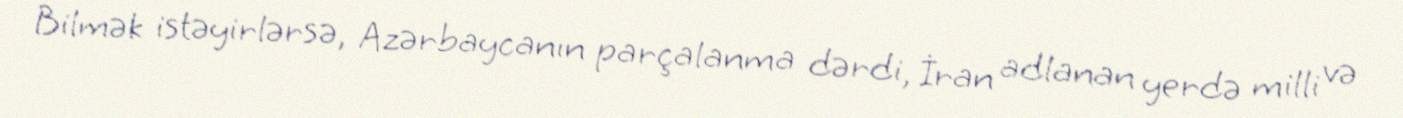
Bilmək istəyirlərsə, Azərbaycanın parçalanma dərdi, İran adlanan yerdə milli və